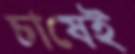
চাষেই